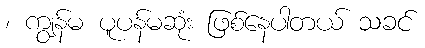
၊ ကျွန်မ ပူပန်မဆုံး ဖြစ်နေပါတယ် သခင်